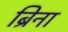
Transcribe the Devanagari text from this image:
ब्रिना